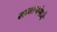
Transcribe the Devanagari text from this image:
सहकाऱ्यांमध्ये